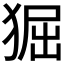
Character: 𤟎